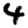
Digit: 4